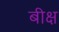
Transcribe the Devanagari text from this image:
बीक्ष